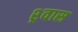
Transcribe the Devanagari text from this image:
श्र्वास